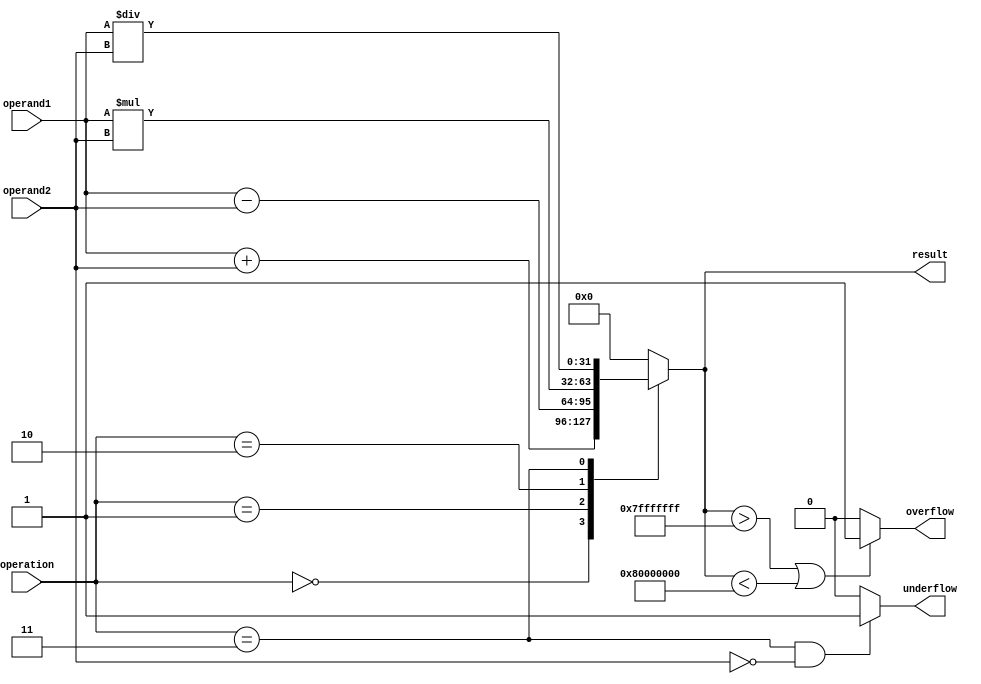
module arithmetic_unit (
    input wire [31:0] operand1,
    input wire [31:0] operand2,
    input wire [2:0] operation,
    output wire [31:0] result,
    output wire overflow,
    output wire underflow
);

reg [31:0] intermediate_result;
reg overflow;
reg underflow;

always @(*) begin
    case(operation)
        3'b000: intermediate_result = operand1 + operand2; // addition
        3'b001: intermediate_result = operand1 - operand2; // subtraction
        3'b010: intermediate_result = operand1 * operand2; // multiplication
        3'b011: intermediate_result = operand1 / operand2; // division
        default: intermediate_result = 32'b0;
    endcase
end

always @(*) begin
    // Check for overflow
    if (intermediate_result > 32'h7FFFFFFF || intermediate_result < -32'h80000000) begin
        overflow = 1;
    end else begin
        overflow = 0;
    end

    // Check for underflow
    if (operation == 3'b011 && operand2 == 32'h0) begin
        underflow = 1;
    end else begin
        underflow = 0;
    end
end

assign result = intermediate_result;

endmodule